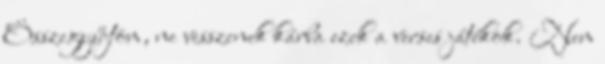
Összegyűjtöm, ne vesszenek kárba ezek a verses játékok. Nem